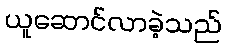
ယူဆောင်လာခဲ့သည်